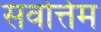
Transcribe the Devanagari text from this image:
सवोर्त्तम